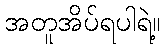
အတူအိပ်ရပါရဲ့။